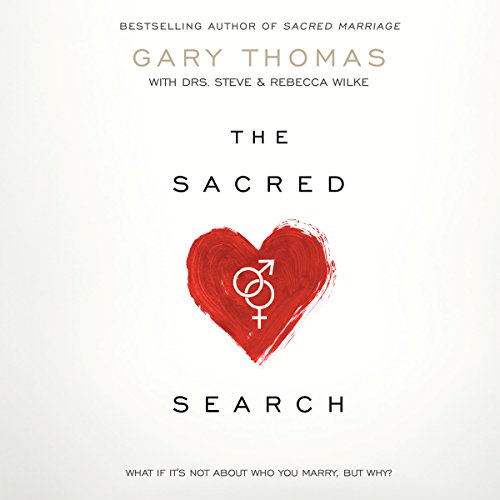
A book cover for The Sacred Search: What If It's Not about Who You Marry, But Why?; Gary Thomas; Self-Help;